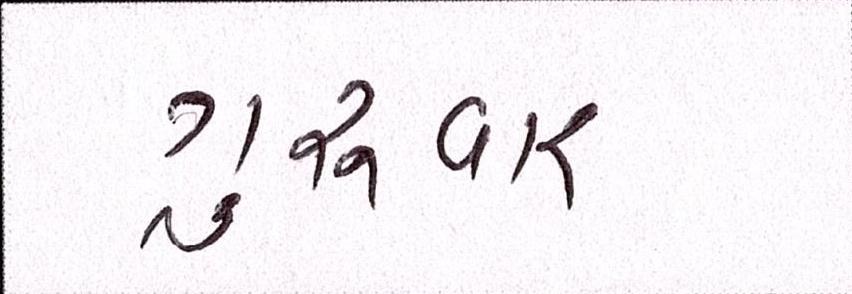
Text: ગુરુવાર